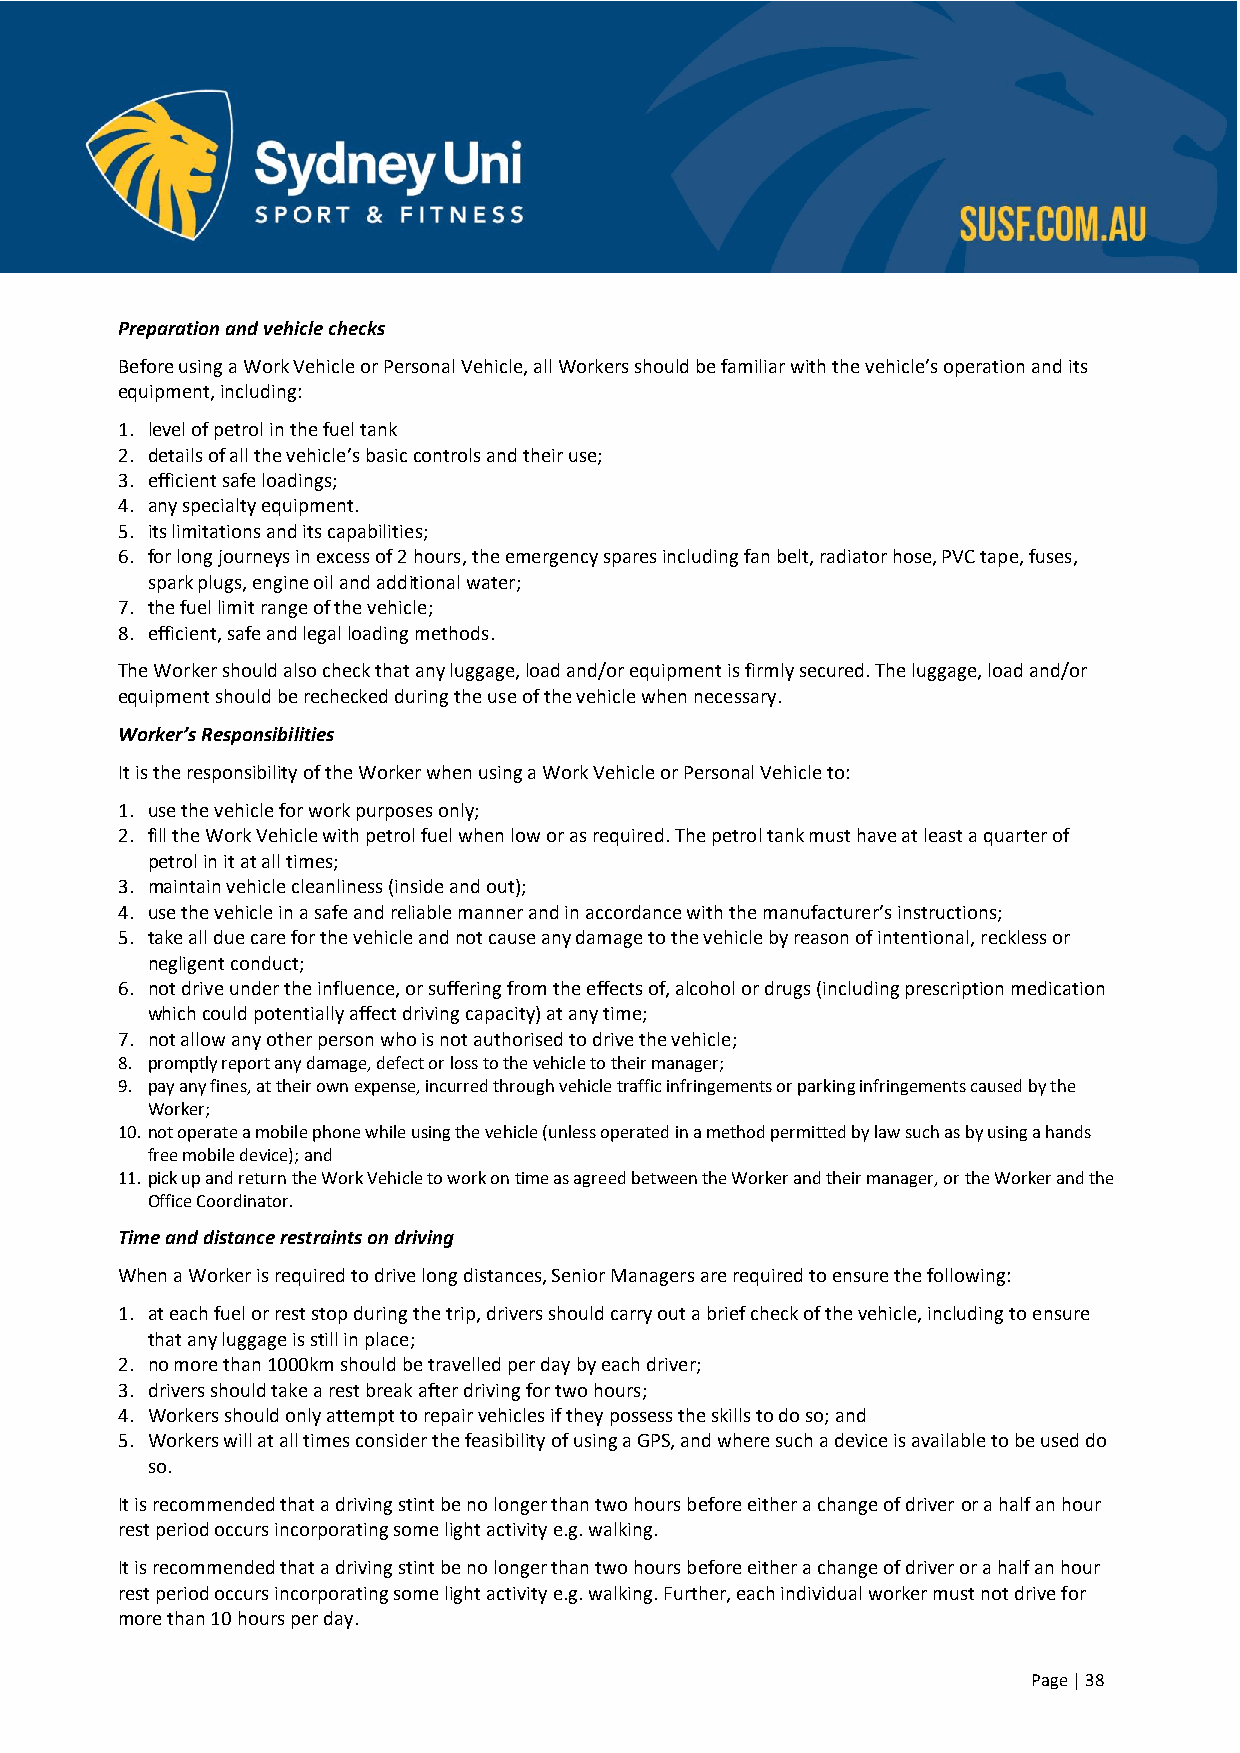
Preparation and vehicle checks
 Before using a Work Vehicle or Personal Vehicle, all Workers should be familiar with the vehicle’s operation and its
 equipment, including:
 1. level of petrol in the fuel tank
 2. details of all the vehicle’s basic controls and their use;
 3. efficient safe loadings;
 4. any specialty equipment.
 5. its limitations and its capabilities;
 6. for long journeys in excess of 2 hours, the emergency spares including fan belt, radiator hose, PVC tape, fuses,
 spark plugs, engine oil and additional water;
 7. the fuel limit range of the vehicle;
 8. efficient, safe and legal loading methods.
 The Worker should also check that any luggage, load and/or equipment is firmly secured. The luggage, load and/or
 equipment should be rechecked during the use of the vehicle when necessary.
 Worker’s Responsibilities
 It is the responsibility of the Worker when using a Work Vehicle or Personal Vehicle to:
 1. use the vehicle for work purposes only;
 2. fill the Work Vehicle with petrol fuel when low or as required. The petrol tank must have at least a quarter of
 petrol in it at all times;
 3. maintain vehicle cleanliness (inside and out);
 4. use the vehicle in a safe and reliable manner and in accordance with the manufacturer’s instructions;
 5. take all due care for the vehicle and not cause any damage to the vehicle by reason of intentional, reckless or
 negligent conduct;
 6. not drive under the influence, or suffering from the effects of, alcohol or drugs (including prescription medication
 which could potentially affect driving capacity) at any time;
 7. not allow any other person who is not authorised to drive the vehicle;
 8. promptly report any damage, defect or loss to the vehicle to their manager;
 9. pay any fines, at their own expense, incurred through vehicle traffic infringements or parking infringements caused by the
 Worker;
 10. not operate a mobile phone while using the vehicle (unless operated in a method permitted by law such as by using a hands
 free mobile device); and
 11. pick up and return the Work Vehicle to work on time as agreed between the Worker and their manager, or the Worker and the
 Office Coordinator.
 Time and distance restraints on driving
 When a Worker is required to drive long distances, Senior Managers are required to ensure the following:
 1. at each fuel or rest stop during the trip, drivers should carry out a brief check of the vehicle, including to ensure
 that any luggage is still in place;
 2. no more than 1000km should be travelled per day by each driver;
 3. drivers should take a rest break after driving for two hours;
 4. Workers should only attempt to repair vehicles if they possess the skills to do so; and
 5. Workers will at all times consider the feasibility of using a GPS, and where such a device is available to be used do
 so.
 It is recommended that a driving stint be no longer than two hours before either a change of driver or a half an hour
 rest period occurs incorporating some light activity e.g. walking.
 It is recommended that a driving stint be no longer than two hours before either a change of driver or a half an hour
 rest period occurs incorporating some light activity e.g. walking. Further, each individual worker must not drive for
 more than 10 hours per day.
 Page | 38